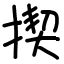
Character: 揳